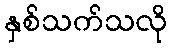
နှစ်သက်သလို